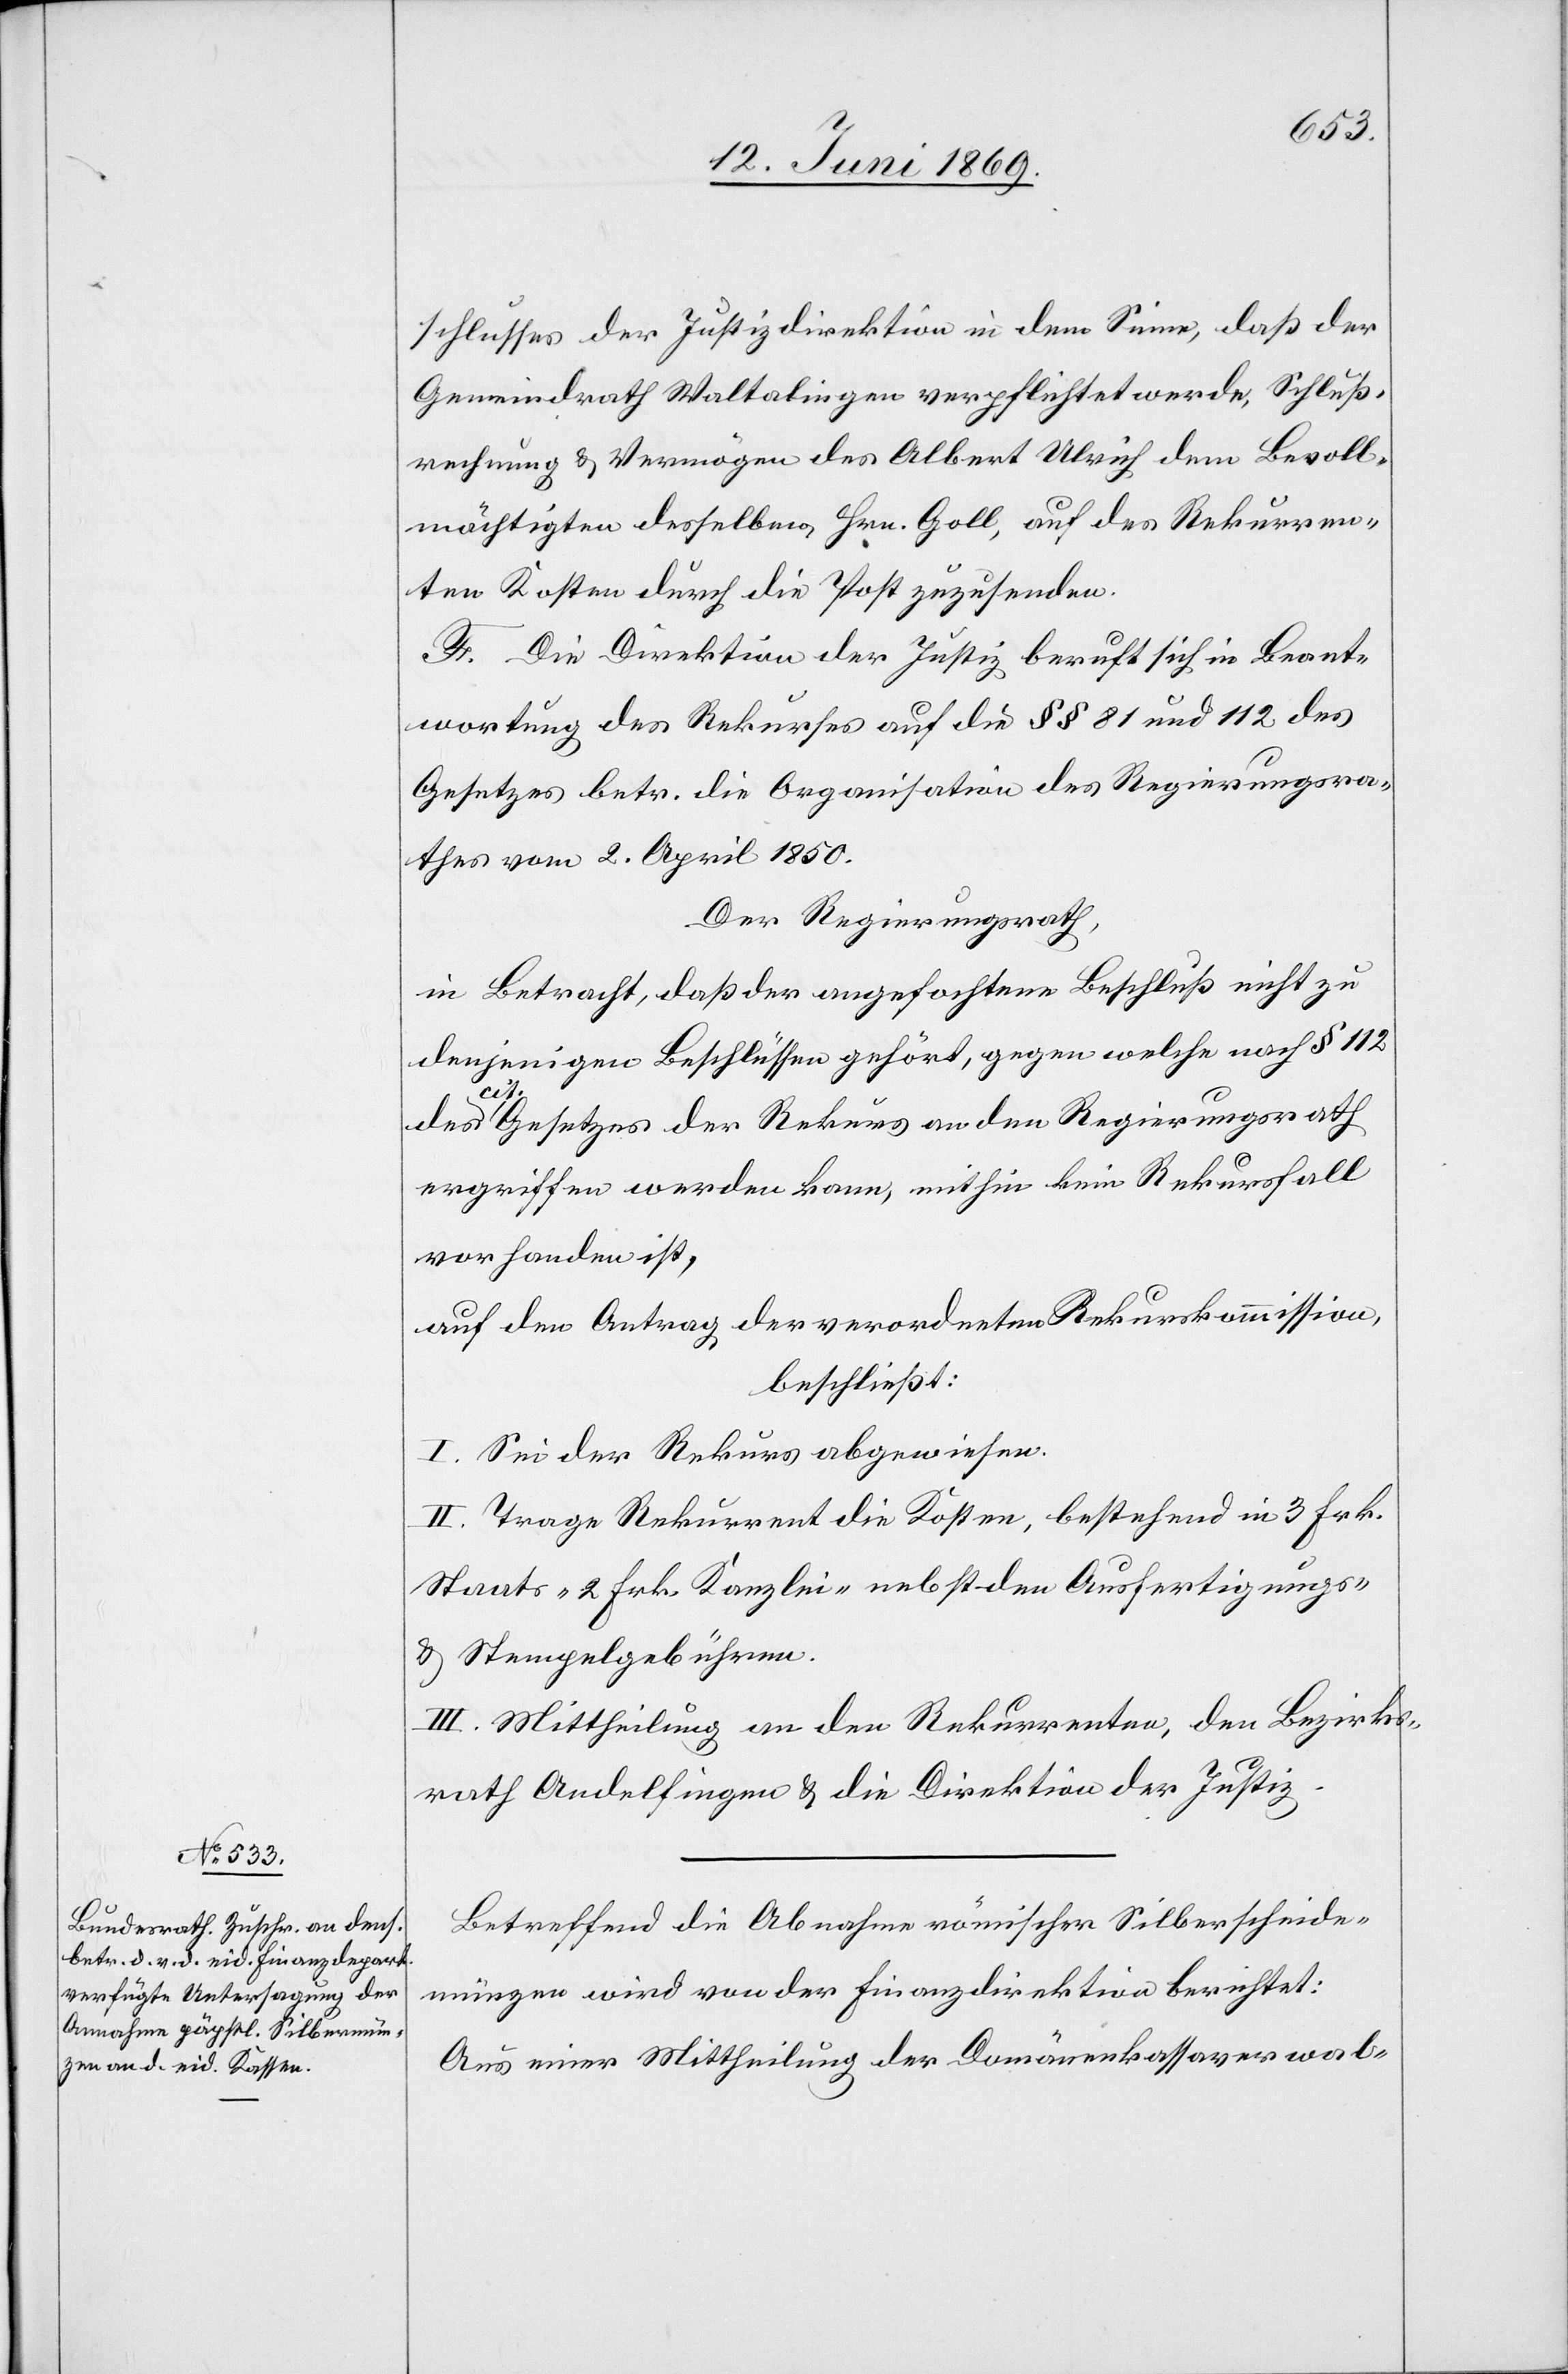
schlusses der Justizdirektion in dem Sinne, daß der
Gemeindrath Waltalingen verpflichtet werde, Schluß¬
rechnung u. Vermögen des Albert Ulrich dem Bevoll¬
mächtigten desselben, Hrn. Goll, auf des Rekurren¬
ten Kosten durch die Post zuzusenden.
F. Die Direktion der Justiz beruft sich in Beant¬
wortung des Rekurses auf die §§ 81 und 112 des
Gesetzes betr. die Organisation des Regierungsra¬
thes vom 2 April 1850.
Der Regierungsrath,
in Betracht, daß der angefochtene Beschluß nicht zu
denjenigen Beschlüssen gehört, gegen welche nach § 112
des
cit. Gesetzes der Rekurs an den Regierungsrath
ergriffen werden kann, mithin kein Rekursfall
vorhanden ist,
auf den Antrag der verordneten Rekurskommission,
beschließt:
I. Sei der Rekurs abgewiesen.
II. Trage Rekurrent die Kosten, bestehend in 3 Frk.
Staats- 2 Frk. Kanzlei- nebst den Ausfertigungs-
u. Stempelgebühren.
III. Mittheilung an den Rekurrenten, den Bezirks¬
rath Andelfingen u. die Direktion der Justiz.
Betreffend die Abnahme römischer Silberscheide¬
münzen wird von der Finanzdirektion berichtet:
Aus einer Mittheilung der Domänenkassaverwal-